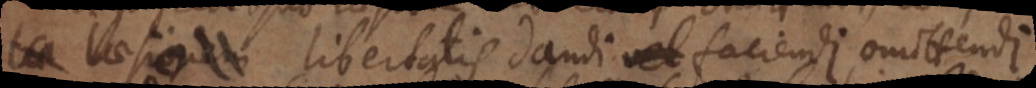
laesio libertatis dandi, vel faciendi, omittendi.